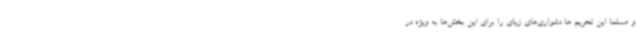
و مسلما این تحریم ها دشواری‌های زیای را برای این بخش‌ها به ویژه در